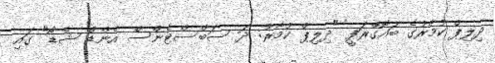
ދިލިޕް ކުމާރުގެ ބައޮގްރަފީ "ދިލިޕް ކުމާރު: ދަ ސަބްސްޓެންސް އެންޑް ޝެޑޯ" ގައި